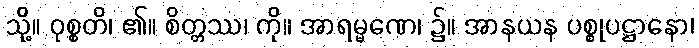
သို့။ ဝုစ္စတိ၊ ၏။ စိတ္တဿ၊ ကို။ အာရမ္မဏေ၊ ၌။ အာနယန ပစ္စုပဋ္ဌာနော၊